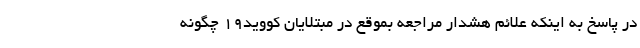
در پاسخ به اینکه علائم هشدار مراجعه بموقع در مبتلایان کووید۱۹ چگونه